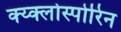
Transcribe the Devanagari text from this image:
क्य्क्लोस्पोरिन